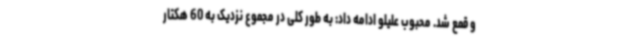
و قمع شد. محبوب علیلو ادامه داد: به طور کلی در مجموع نزدیک به 60 هکتار